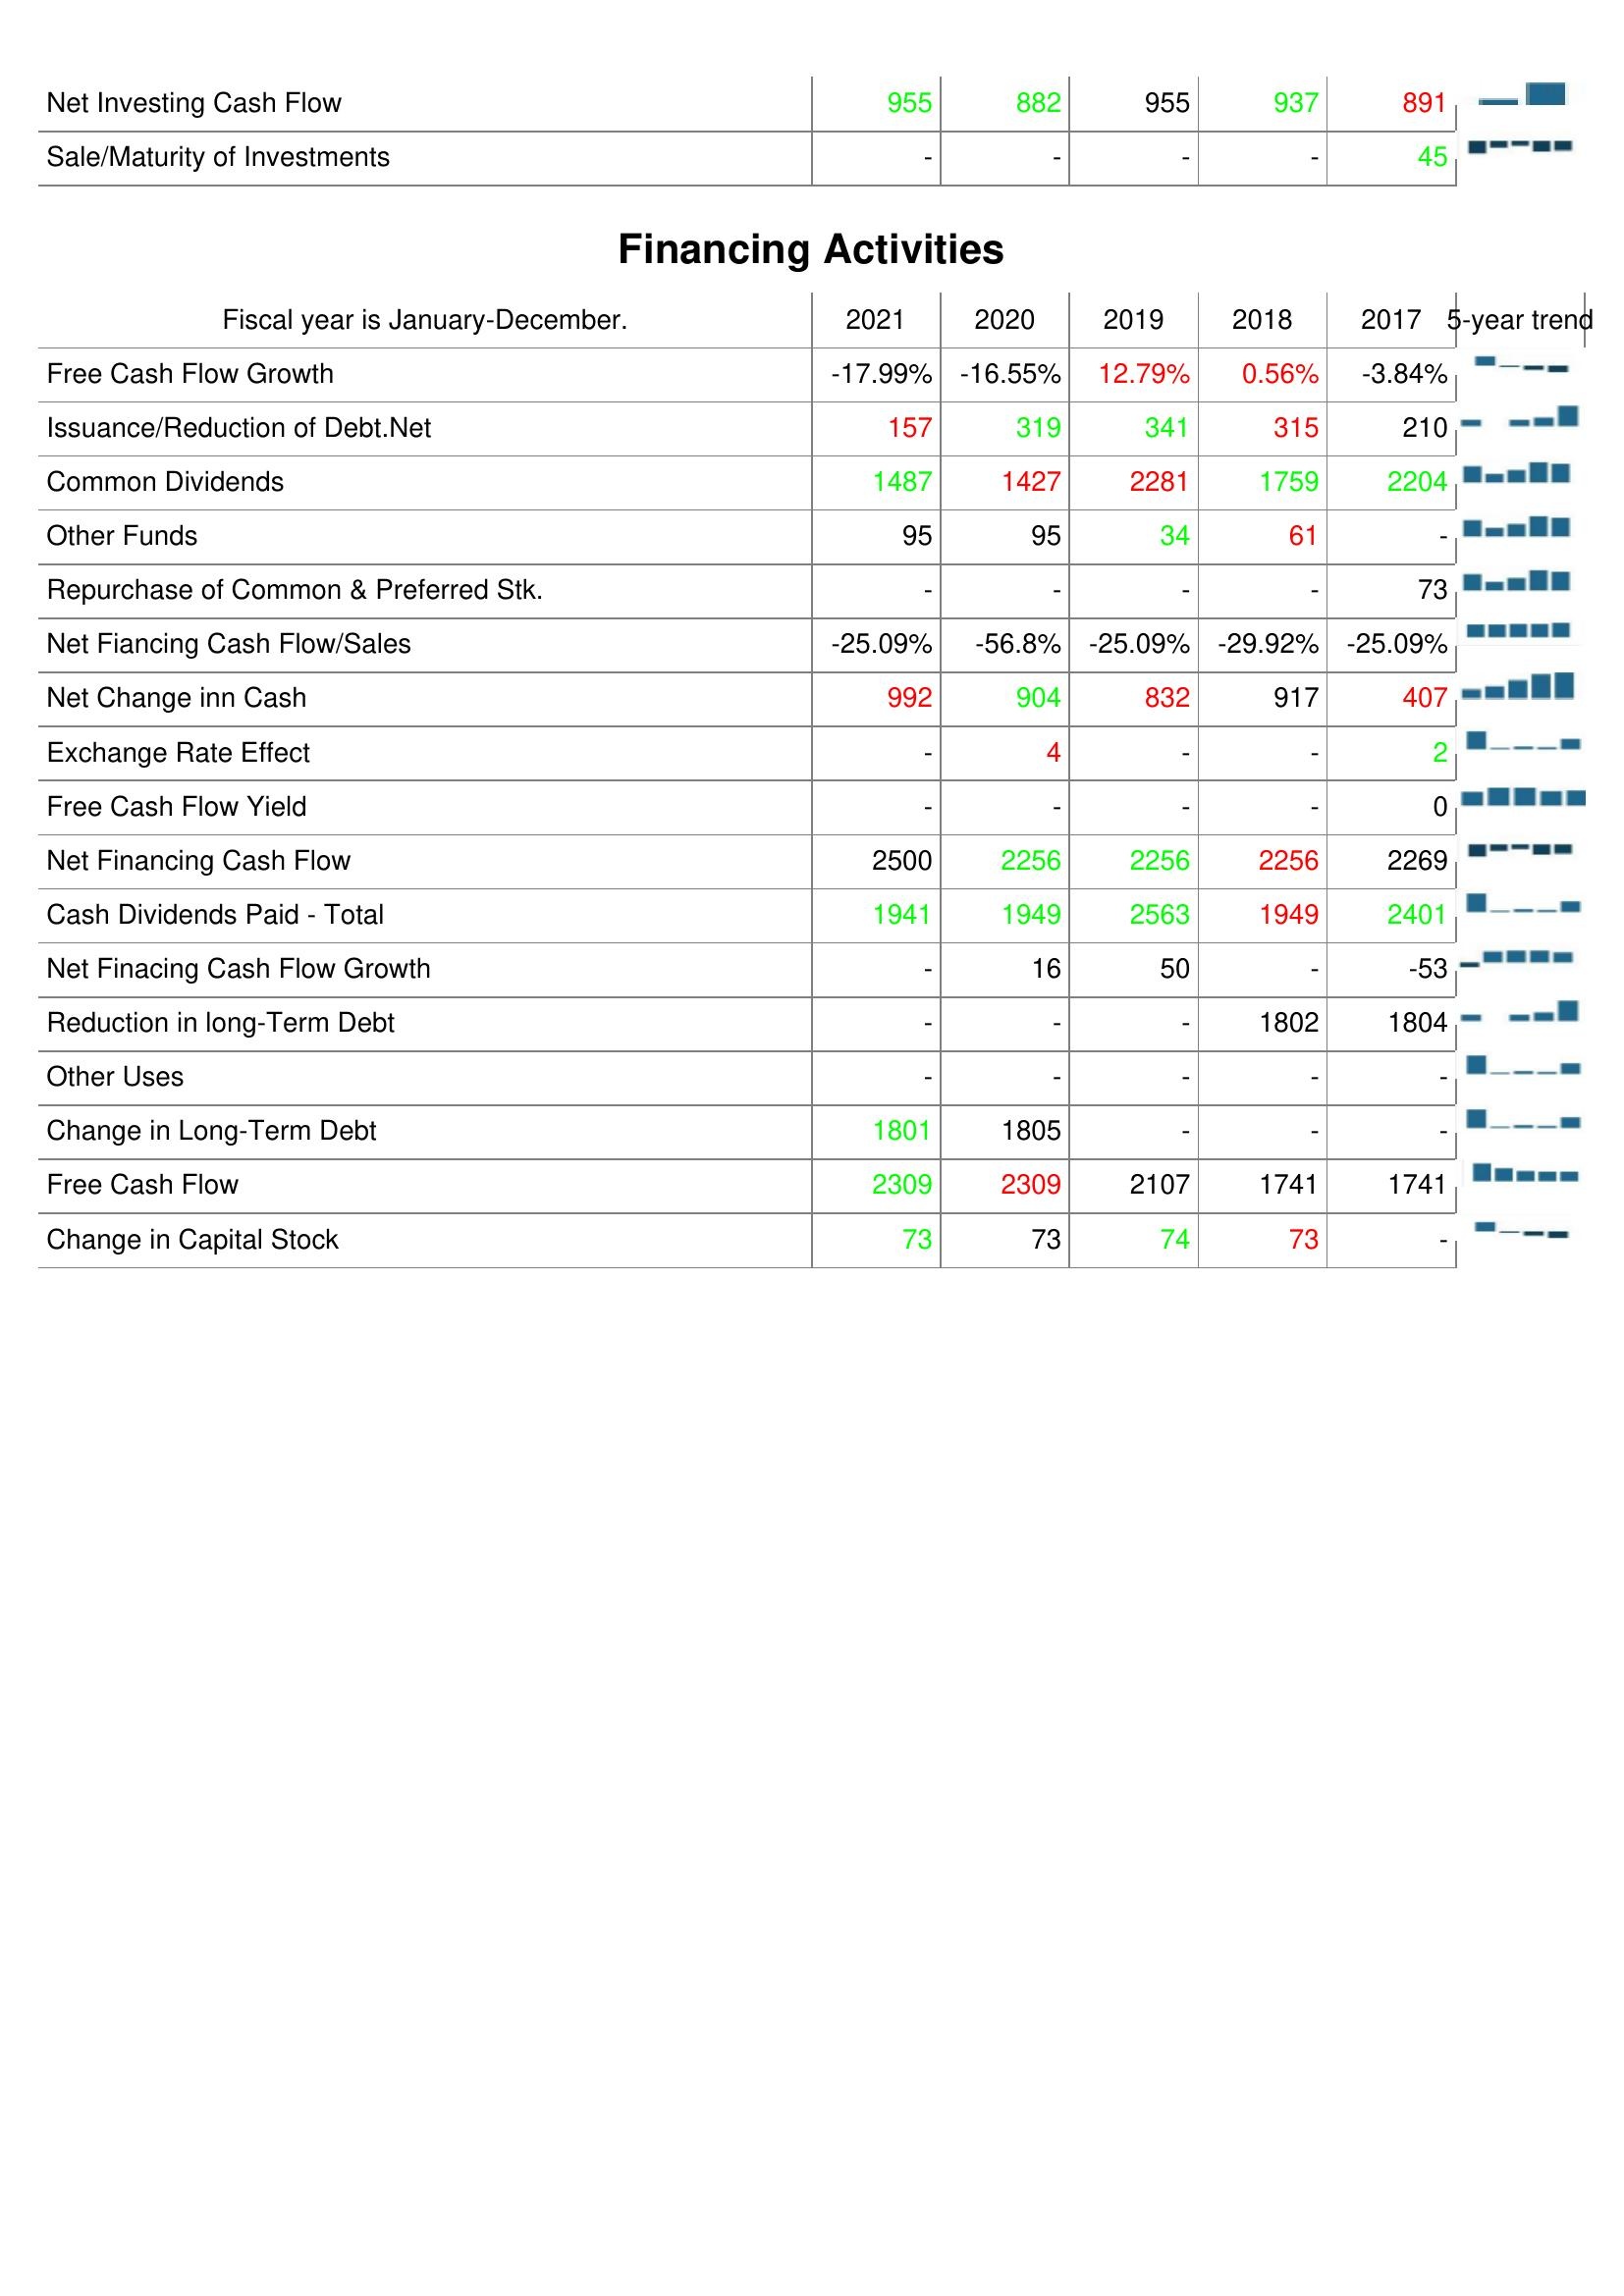
2021: Investing Activities: Net Investing Cash Flow: 955
Sale/Maturity of Investments: -
Financing Activities: Free Cash Flow Growth: -17.99%
Issuance/Reduction of Debt.Net: 157
Common Dividends: 1487
Other Funds: 95
Repurchase of Common & Preferred Stk.: -
Net Fiancing Cash Flow/Sales: -25.09%
Net Change inn Cash: 992
Exchange Rate Effect: -
Free Cash Flow Yield: -
Net Financing Cash Flow: 2500
Cash Dividends Paid - Total: 1941
Net Finacing Cash Flow Growth: -
Reduction in long-Term Debt: -
Other Uses: -
Change in Long-Term Debt: 1801
Free Cash Flow: 2309
Change in Capital Stock: 73
2020: Investing Activities: Net Investing Cash Flow: 882
Sale/Maturity of Investments: -
Financing Activities: Free Cash Flow Growth: -16.55%
Issuance/Reduction of Debt.Net: 319
Common Dividends: 1427
Other Funds: 95
Repurchase of Common & Preferred Stk.: -
Net Fiancing Cash Flow/Sales: -56.8%
Net Change inn Cash: 904
Exchange Rate Effect: 4
Free Cash Flow Yield: -
Net Financing Cash Flow: 2256
Cash Dividends Paid - Total: 1949
Net Finacing Cash Flow Growth: 16
Reduction in long-Term Debt: -
Other Uses: -
Change in Long-Term Debt: 1805
Free Cash Flow: 2309
Change in Capital Stock: 73
2019: Investing Activities: Net Investing Cash Flow: 955
Sale/Maturity of Investments: -
Financing Activities: Free Cash Flow Growth: 12.79%
Issuance/Reduction of Debt.Net: 341
Common Dividends: 2281
Other Funds: 34
Repurchase of Common & Preferred Stk.: -
Net Fiancing Cash Flow/Sales: -25.09%
Net Change inn Cash: 832
Exchange Rate Effect: -
Free Cash Flow Yield: -
Net Financing Cash Flow: 2256
Cash Dividends Paid - Total: 2563
Net Finacing Cash Flow Growth: 50
Reduction in long-Term Debt: -
Other Uses: -
Change in Long-Term Debt: -
Free Cash Flow: 2107
Change in Capital Stock: 74
2018: Investing Activities: Net Investing Cash Flow: 937
Sale/Maturity of Investments: -
Financing Activities: Free Cash Flow Growth: 0.56%
Issuance/Reduction of Debt.Net: 315
Common Dividends: 1759
Other Funds: 61
Repurchase of Common & Preferred Stk.: -
Net Fiancing Cash Flow/Sales: -29.92%
Net Change inn Cash: 917
Exchange Rate Effect: -
Free Cash Flow Yield: -
Net Financing Cash Flow: 2256
Cash Dividends Paid - Total: 1949
Net Finacing Cash Flow Growth: -
Reduction in long-Term Debt: 1802
Other Uses: -
Change in Long-Term Debt: -
Free Cash Flow: 1741
Change in Capital Stock: 73
2017: Investing Activities: Net Investing Cash Flow: 891
Sale/Maturity of Investments: 45
Financing Activities: Free Cash Flow Growth: -3.84%
Issuance/Reduction of Debt.Net: 210
Common Dividends: 2204
Other Funds: -
Repurchase of Common & Preferred Stk.: 73
Net Fiancing Cash Flow/Sales: -25.09%
Net Change inn Cash: 407
Exchange Rate Effect: 2
Free Cash Flow Yield: 0
Net Financing Cash Flow: 2269
Cash Dividends Paid - Total: 2401
Net Finacing Cash Flow Growth: -53
Reduction in long-Term Debt: 1804
Other Uses: -
Change in Long-Term Debt: -
Free Cash Flow: 1741
Change in Capital Stock: -